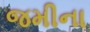
જમીના